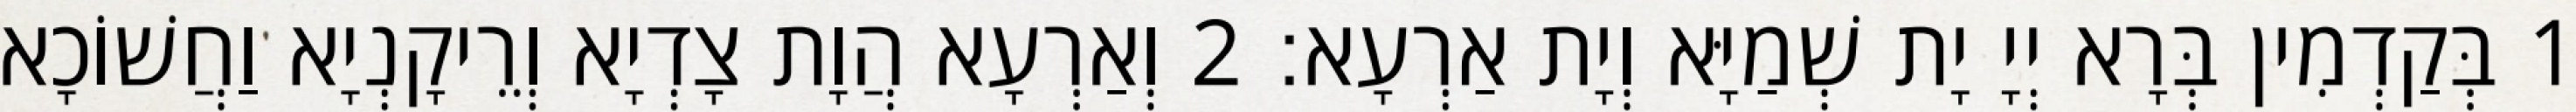
1 בְּקַדְמִין בְּרָא יְיָ יָת שְׁמַיָּא וְיָת אַרְעָא׃ 2 וְאַרְעָא הֲוָת צָדְיָא וְרֵיקָנְיָא וַחֲשׁוֹכָא